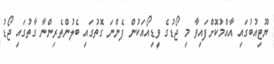
ޔޫޓިއުބުގައި އާއްމުކޮށްފައިވާ މި ޖޯޑުގެ ވީޑިއޯއަކުން ފެންނަ ގޮތުގައި ބެލުންތެރިންނާ ގާތުގައި ޖޯޑު